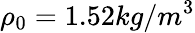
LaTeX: \rho_{0}=1.52kg/m^{3}